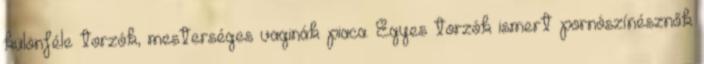
különféle torzók, mesterséges vaginák piaca. Egyes torzók ismert pornószínésznők